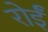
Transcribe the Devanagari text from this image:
रोईं